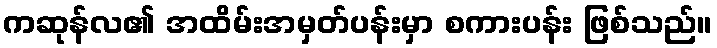
ကဆုန်လ၏ အထိမ်းအမှတ်ပန်းမှာ စကားပန်း ဖြစ်သည်။